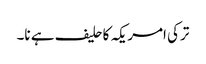
ترکی امریکہ کاحلیف ہے نا۔